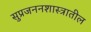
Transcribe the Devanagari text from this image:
सुप्रजननशास्त्रातील